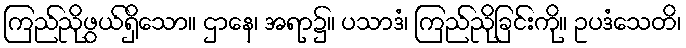
ကြည်ညိုဖွယ်ရှိသော။ ဌာနေ၊ အရာ၌။ ပသာဒံ၊ ကြည်ညိုခြင်းကို။ ဥပဒံသေတိ၊